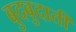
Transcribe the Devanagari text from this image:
बुदबुदाती